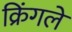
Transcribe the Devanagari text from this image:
क्रिंगले